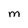
Character: M